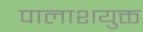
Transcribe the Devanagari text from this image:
पालाशयुक्त